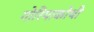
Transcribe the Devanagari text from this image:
गोरियाकोथी